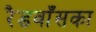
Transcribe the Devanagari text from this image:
रैडवाँसका